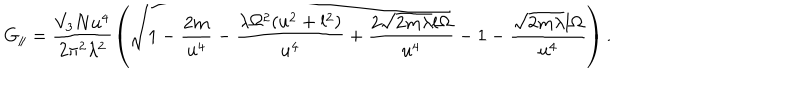
G _ { \parallel } = \frac { V _ { 3 } N u ^ { 4 } } { 2 \pi ^ { 2 } \lambda ^ { 2 } } \left( \sqrt { 1 - \frac { 2 m } { u ^ { 4 } } - \frac { \lambda \Omega ^ { 2 } ( u ^ { 2 } + l ^ { 2 } ) } { u ^ { 4 } } + \frac { 2 \sqrt { 2 m \lambda } l \Omega } { u ^ { 4 } } } - 1 - \frac { \sqrt { 2 m \lambda } l \Omega } { u ^ { 4 } } \right) .